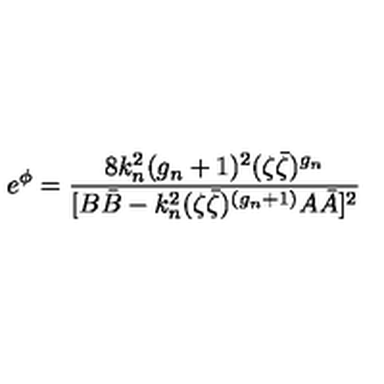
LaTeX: e ^ { \phi } = \frac { 8 k _ { n } ^ { 2 } ( g _ { n } + 1 ) ^ { 2 } ( \zeta \bar { \zeta } ) ^ { g _ { n } } } { [ B \bar { B } - k _ { n } ^ { 2 } ( \zeta \bar { \zeta } ) ^ { ( g _ { n } + 1 ) } A \bar { A } ] ^ { 2 } }